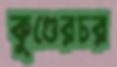
কুণ্ডেরচর